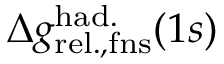
\Delta { g } _ { \mathrm { r e l . , f n s } } ^ { \mathrm { h a d . } } ( 1 s )